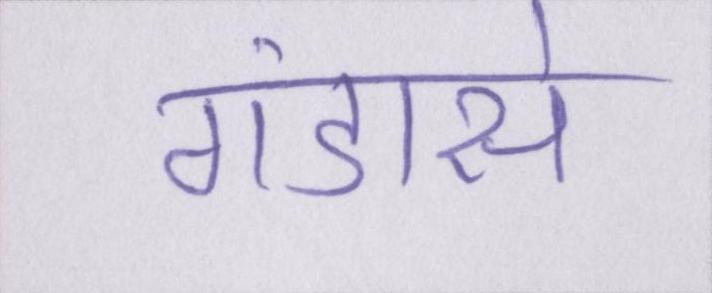
गंडासे